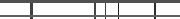
٦٠